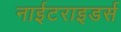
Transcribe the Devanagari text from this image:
नाईटराइडर्स